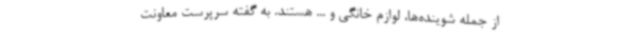
از جمله شوینده‌ها، لوازم خانگی و ... هستند. به گفته سرپرست معاونت